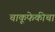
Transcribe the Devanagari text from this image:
चाकूफेकीचा